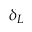
\delta _ { L }